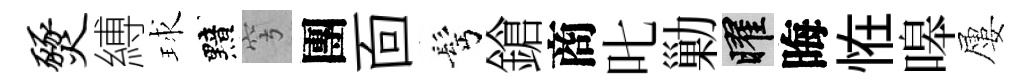
燹縛球黯穹團靣髩鎗商叱勦曜晦恠嗥屢